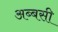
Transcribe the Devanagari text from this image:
अब्बसी